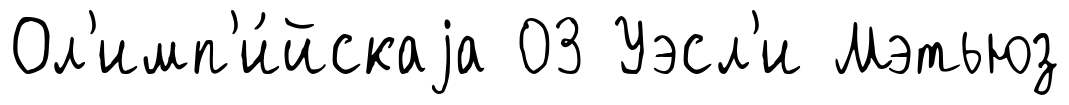
Ол'имп'и́йскаjа 03 Уэсл'и Мэтьюз